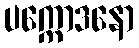
ပက္ကောဒနော